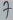
Text: 7